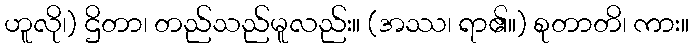
ဟူလို၊) ဌိတာ၊ တည်သည်မူလည်း။ (အဿ၊ ရာ၏။) စုတာတိ၊ ကား။